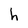
Character: h